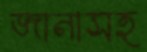
জানাসহ